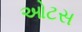
ઓટસ